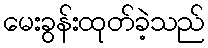
မေးခွန်းထုတ်ခဲ့သည်